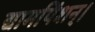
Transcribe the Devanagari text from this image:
द्यामपिंशन्।